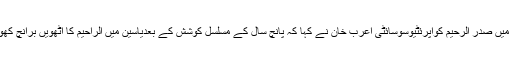
تقریب سے اپنے خطاب میں صدر الرحیم کواپرئٹیوسوسائٹی اعرب خان نے کہا کہ پانچ سال کے مسلسل کوشش کے بعدیاسین میں الراحیم کا اٹھویں برانچ کھولنے میں کامیابی ہوئی ۔